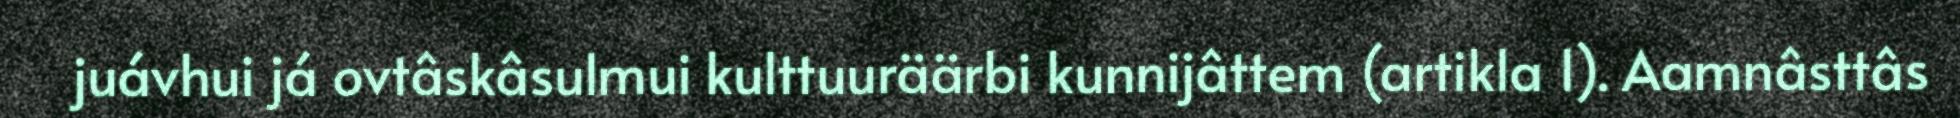
juávhui já ovtâskâsulmui kulttuuräärbi kunnijâttem (artikla 1). Aamnâsttâs